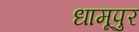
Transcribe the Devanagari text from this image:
धामूपुर